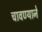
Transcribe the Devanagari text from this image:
चावण्याने